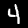
Digit: 4